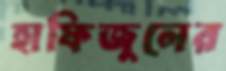
হাফিজুলের